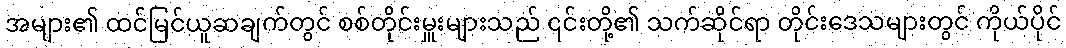
အများ၏ ထင်မြင်ယူဆချက်တွင် စစ်တိုင်းမှူးများသည် ၎င်းတို့၏ သက်ဆိုင်ရာ တိုင်းဒေသများတွင် ကိုယ်ပိုင်